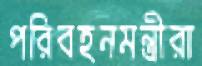
পরিবহনমন্ত্রীরা